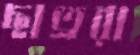
ছাত্ররা